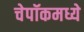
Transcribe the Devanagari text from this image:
चेपॉकमध्ये